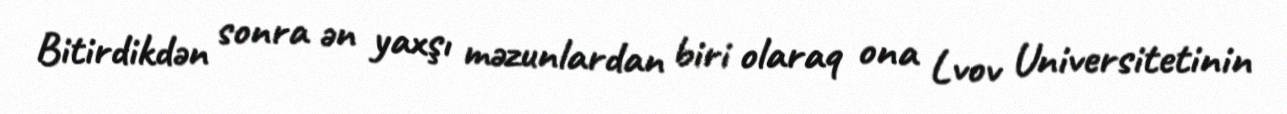
Bitirdikdən sonra ən yaxşı məzunlardan biri olaraq ona Lvov Universitetinin